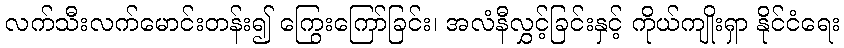
လက်သီးလက်မောင်းတန်း၍ ကြွေးကြော်ခြင်း၊ အလံနီလွှင့်ခြင်းနှင့် ကိုယ်ကျိုးရှာ နိုင်ငံရေး